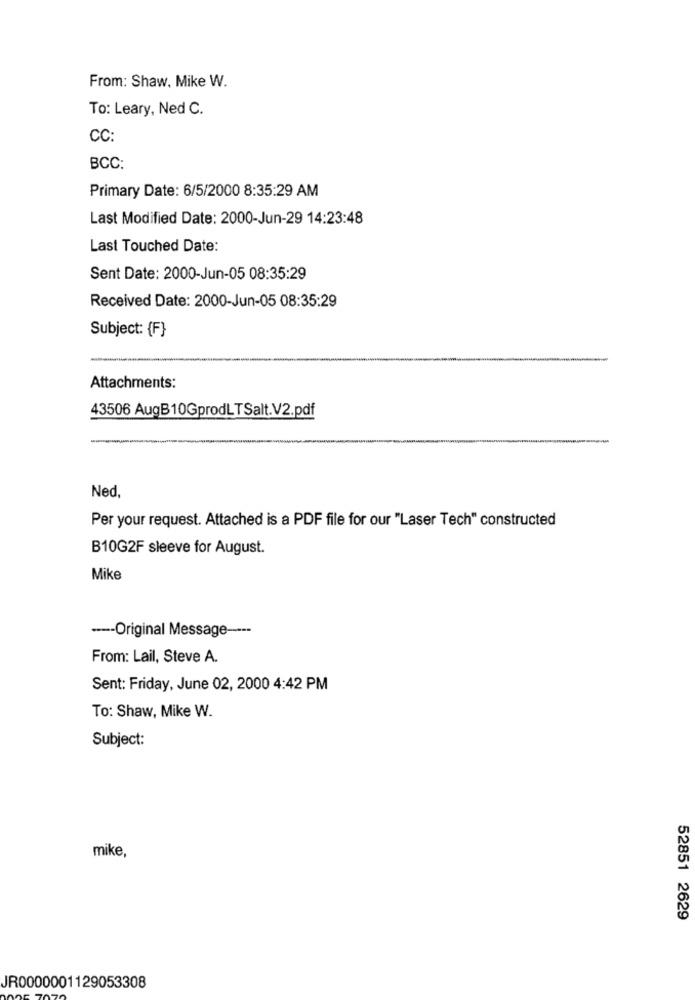
From: Shaw, Mike W.
To: Leary, Ned C.
CC:
BCC:
Primary Date: 6/5/2000 8:35:29 AM
Last Modified Date: 2000-Jun-29 14:23:48
Last Touched Date:
Sent Date: 2000-Jun-05 08:35:29
Received Date: 2000-Jun-05 08:35:29
Subject: {F}
Attachments:
43506 AugB10GprodLTSalt.V2.pdf
Ned.
Per your request. Attached is a PDF file for our "Laser Tech" constructed
B10G2F sleeve for August.
Mike
---- Original Message ----
From: Lail, Steve A.
Sent: Friday, June 02, 2000 4:42 PM
To: Shaw, Mike W.
Subject:
mike,
52851 2629
JR0000001129053308